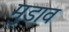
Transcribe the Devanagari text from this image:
मुडाव